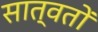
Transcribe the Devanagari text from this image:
सात्वतों